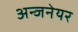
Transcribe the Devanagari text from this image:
अन्जनेयर